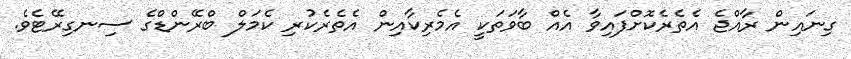
ގިނައިން ރާއްޖެ އެތެރެކޮށްފައިވާ އެއް ބާވަތަކީ އެމެރިކާއިން އެތެރެކުރި ކެމަލް ބްރޭންޑްގެ ސިނގިރޭޓެވެ.